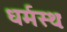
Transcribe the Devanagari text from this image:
धर्मस्थः